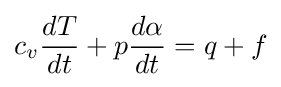
c_{v}{\frac {dT}{dt}}+p{\frac {d\alpha }{dt}}=q+f